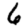
Digit: 6